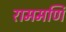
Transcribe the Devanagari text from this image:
राममणि